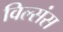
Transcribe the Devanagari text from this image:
विल्संस